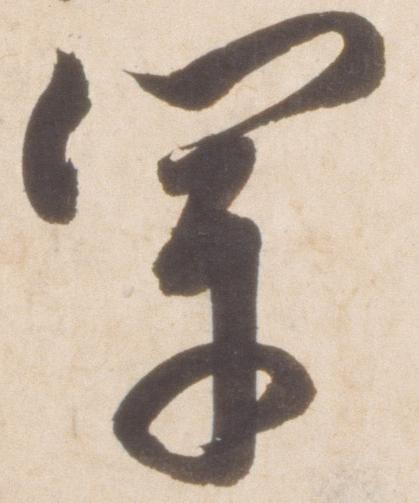
軍